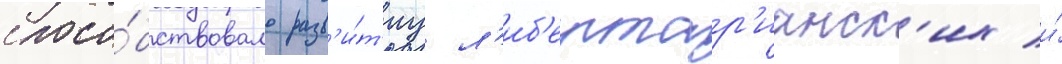
спосо́бствовало разв'и́т'иу л'иб'ертар'ианск'их и́